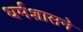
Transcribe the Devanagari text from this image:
धर्मशासने